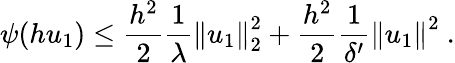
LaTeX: \psi(hu_{1})\le\frac{h^{2}}{2}\frac{1}{\lambda}\left\| u_{1}\right\| _{2}^{2}+\frac{h^{2}}{2}\frac{1}{\delta^{\prime}}\left\| u_{1}\right\| ^{2}\ .